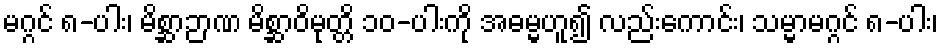
မဂ္ဂင် ၈-ပါး၊ မိစ္ဆာဉာဏ မိစ္ဆာဝိမုတ္တိ ၁၀-ပါးကို အဓမ္မဟူ၍ လည်းကောင်း၊ သမ္မာမဂ္ဂင် ၈-ပါး၊